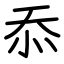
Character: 忝